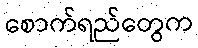
စောက်ရည်တွေက